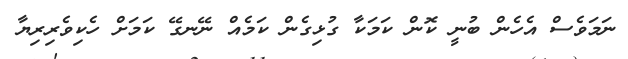
ނަމަވެސް އެހެން ބުނީ ކޮން ކަމަކާ ގުޅިގެން ކަމެއް ނޭނގޭ ކަމަށް ހެކިވެރިރިޔާ